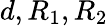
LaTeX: d,R_{1},R_{2}